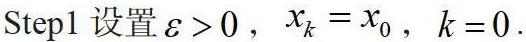
Step1 设置 $\varepsilon > 0$, $x_{k}=x_{0}$, $k = 0$.